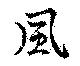
風